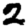
Digit: 2